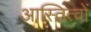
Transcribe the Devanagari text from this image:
आस्तित्वों